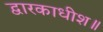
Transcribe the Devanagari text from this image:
द्वारकाधीश॥